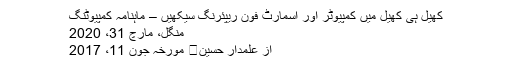
کھیل ہی کھیل میں کمپیوٹر اور اسمارٹ فون ریپئرنگ سیکھیں – ماہنامہ کمپیوٹنگ
منگل، مارچ 31، 2020
از علمدار حسین	 مورخہ جون 11، 2017